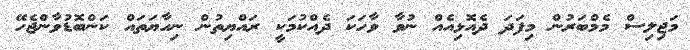
މަޖިލިސް މެމްބަރުން މިފަދަ ދެއޮޅިއެއް ނުވާ ވާހަކަ ދެއްކުމަކީ ރައްޔިތުން ނިހާޔަތައް ކަންބޮޑުވާންޖެހޭ